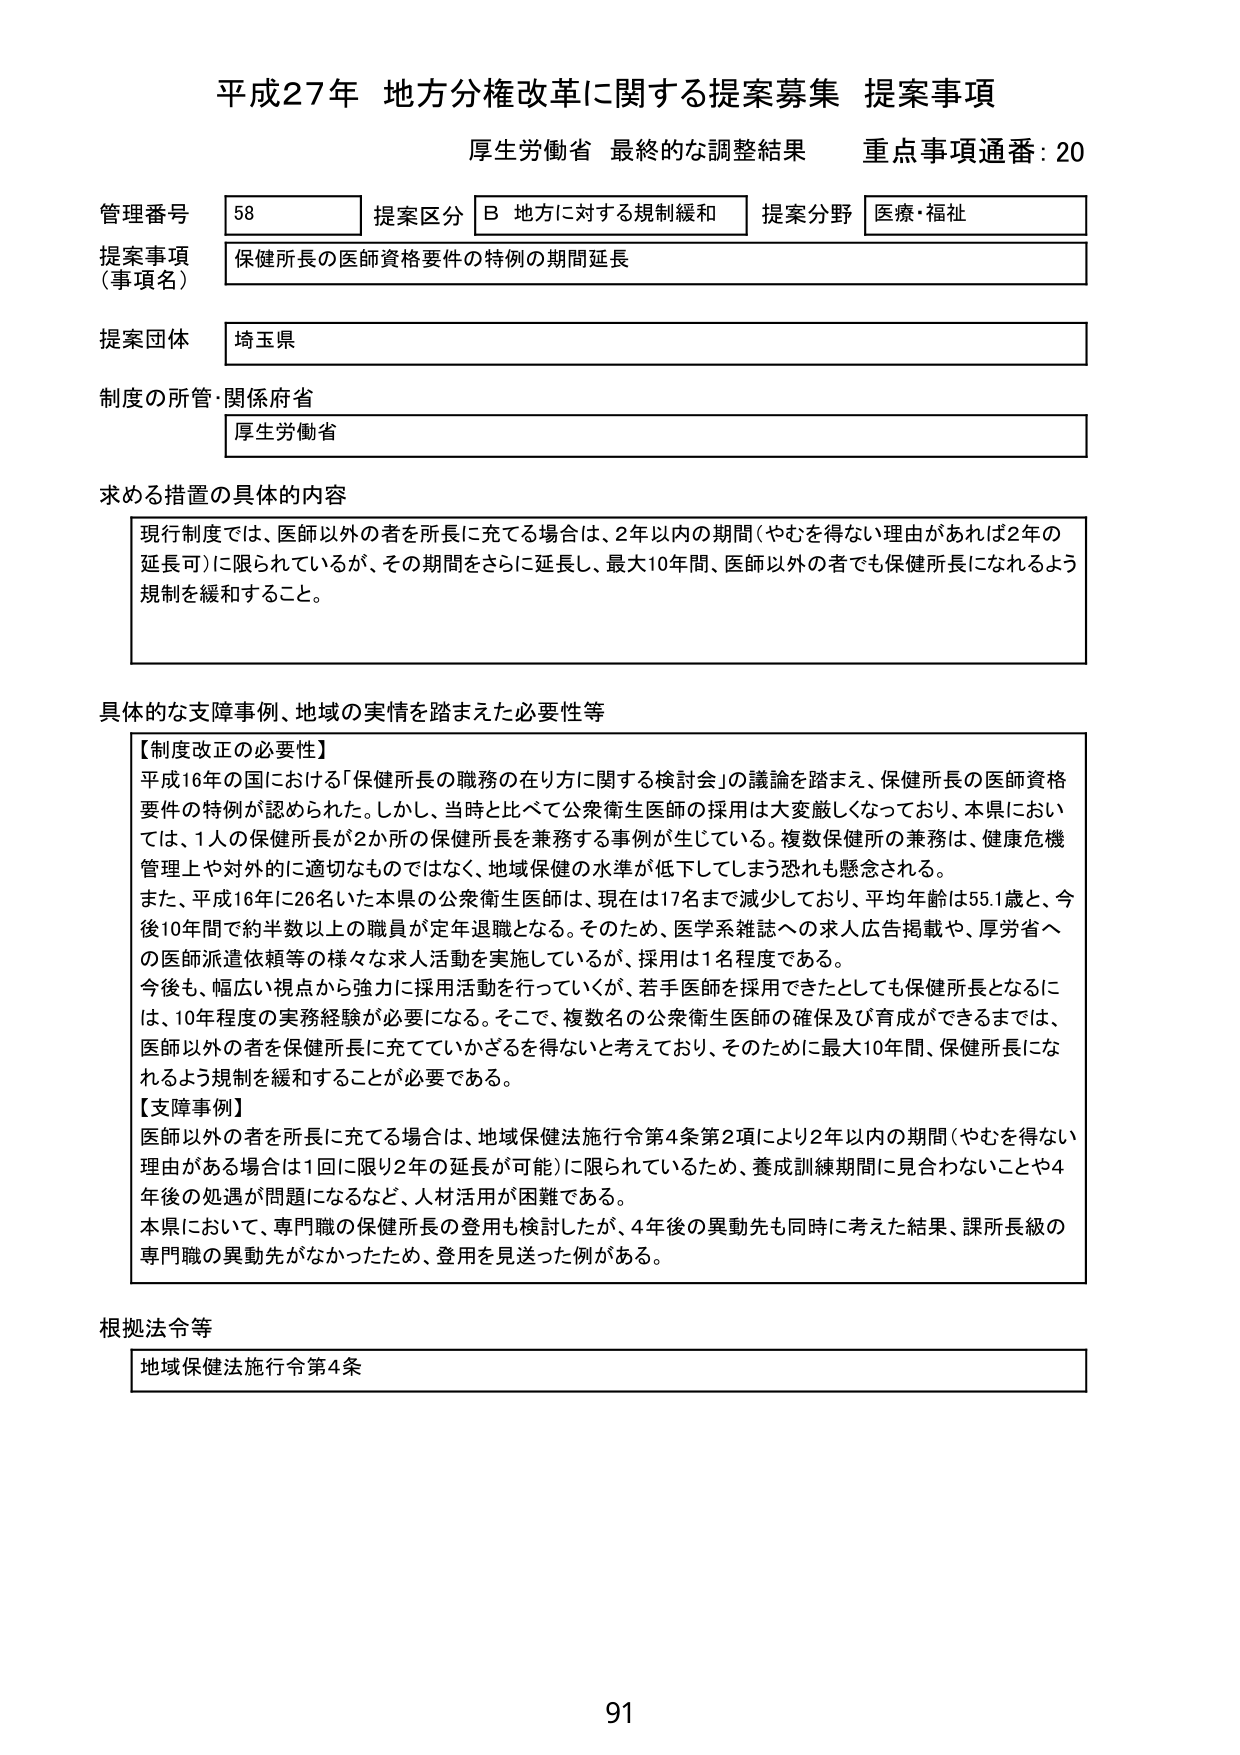
平成27年 地方分権改革に関する提案募集 提案事項
厚生労働省 最終的な調整結果 重点事項通番: 20

管理番号 58 提案区分 B 地方に対する規制緩和 提案分野 医療・福祉
提案事項（事項名） 保健所長の医師資格要件の特例の期間延長
提案団体 埼玉県
制度の所管・関係府省 厚生労働省

求める措置の具体的内容
現行制度では、医師以外の者を所長に充てる場合は、2年以内の期間（やむを得ない理由があれば2年の延長可）に限られているが、その期間をさらに延長し、最大10年間、医師以外の者でも保健所長になれるよう規制を緩和すること。

具体的な支障事例、地域の実情を踏まえた必要性等
【制度改正の必要性】
平成16年の国における「保健所長の職務の在り方に関する検討会」の議論を踏まえ、保健所長の医師資格要件の特例が認められた。しかし、当時と比べて公衆衛生医師の採用は大変厳しくなっており、本県においては、1人の保健所長が2か所の保健所長を兼務する事例が生じている。複数保健所の兼務は、健康危機管理上や対外的に適切なものではなく、地域保健の水準が低下してしまう恐れも懸念される。
また、平成16年に26名いた本県の公衆衛生医師は、現在は17名まで減少しており、平均年齢は55.1歳と、今後10年間で約半数以上の職員が定年退職となる。そのため、医学系雑誌への求人広告掲載や、厚労省への医師派遣依頼等の様々な求人活動を実施しているが、採用は1名程度である。
今後も、幅広い視点から強力に採用活動を行っていくが、若手医師を採用できたとしても保健所長となるには、10年程度の実務経験が必要になる。そこで、複数名の公衆衛生医師の確保及び育成ができるまでは、医師以外の者を保健所長に充てていかざるを得ないと考えており、そのために最大10年間、保健所長になれるよう規制を緩和することが必要である。
【支障事例】
医師以外の者を所長に充てる場合は、地域保健法施行令第4条第2項により2年以内の期間（やむを得ない理由がある場合は1回に限り2年の延長が可能）に限られているため、養成訓練期間に見合わないことや4年後の処遇が問題になるなど、人材活用が困難である。
本県において、専門職の保健所長の登用も検討したが、4年後の異動先も同時に考えた結果、課所長級の専門職の異動先がなかったため、登用を見送った例がある。

根拠法令等
地域保健法施行令第4条

91